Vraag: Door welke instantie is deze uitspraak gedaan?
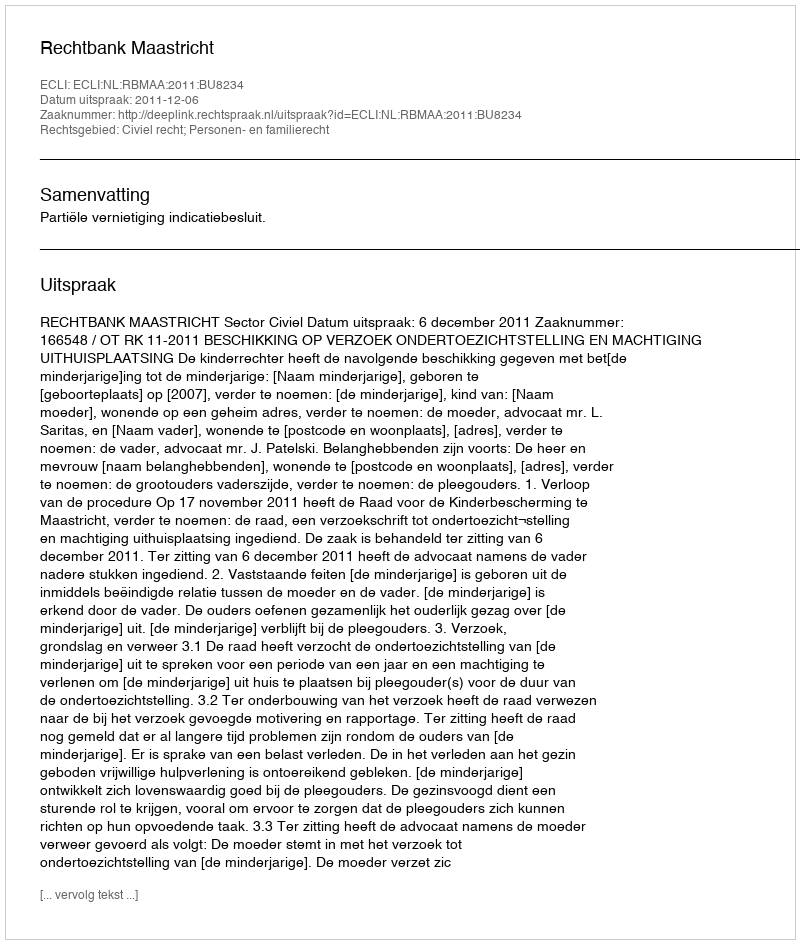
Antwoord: Rechtbank Maastricht